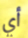
أي